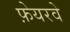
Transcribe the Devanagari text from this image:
फ़ेयरवे